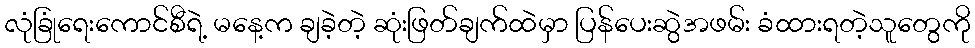
လုံခြုံရေးကောင်စီရဲ့ မနေ့က ချခဲ့တဲ့ ဆုံးဖြတ်ချက်ထဲမှာ ပြန်ပေးဆွဲအဖမ်း ခံထားရတဲ့သူတွေကို